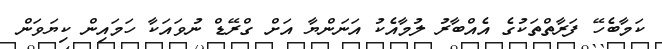
ކަމާބެހޭ ފަރާތްތަކުގެ އެއްބާރު ލުމާއެކު އަނަންޔާ އަށް ގްރޭޑް ނުވައަކާ ހަމައިން ކިޔަވަން